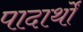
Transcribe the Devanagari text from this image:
पादार्थों